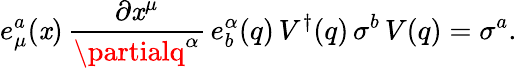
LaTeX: e_{\mu}^{a}(\mathit{x})\, \frac{{\partial\mathit{x}^{\mu}}}{{\partialq^{\alpha}}}\, e_{b}^{\alpha}(q)\, V^{\dagger}(q)\, \sigma^{b}\, V(q)=\sigma^{a}.